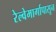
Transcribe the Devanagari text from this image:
रेल्वेमार्गापासून